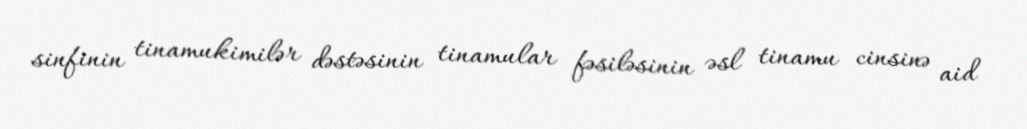
sinfinin tinamukimilər dəstəsinin tinamular fəsiləsinin əsl tinamu cinsinə aid